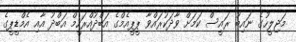
މަޖިލީހުގެ ނައިބު ރައީސް ކަމަށް ވާދަކުރައްވާ ޕީޕީއެމްގެ އަބްދުއްރަހީމް އަބްދު އާއި އެމްޑީޕީގެ